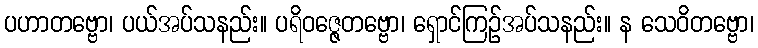
ပဟာတဗ္ဗော၊ ပယ်အပ်သနည်း။ ပရိဝဇ္ဇေတဗ္ဗော၊ ရှောင်ကြဉ်အပ်သနည်း။ န သေဝိတဗ္ဗော၊